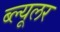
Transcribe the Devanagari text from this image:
ब्ल्यूलर